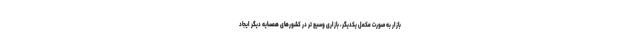
بازار به صورت مکمل یکدیگر، بازاری وسیع تر در کشورهای همسایه دیگر ایجاد